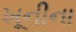
ખૂનીના